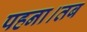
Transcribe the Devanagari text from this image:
पहना।तब